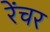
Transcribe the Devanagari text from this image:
रेंचर